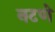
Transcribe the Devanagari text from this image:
नटणे